NAE_EAOK_eestikeelsed_sunnimeetrikad, lk 321
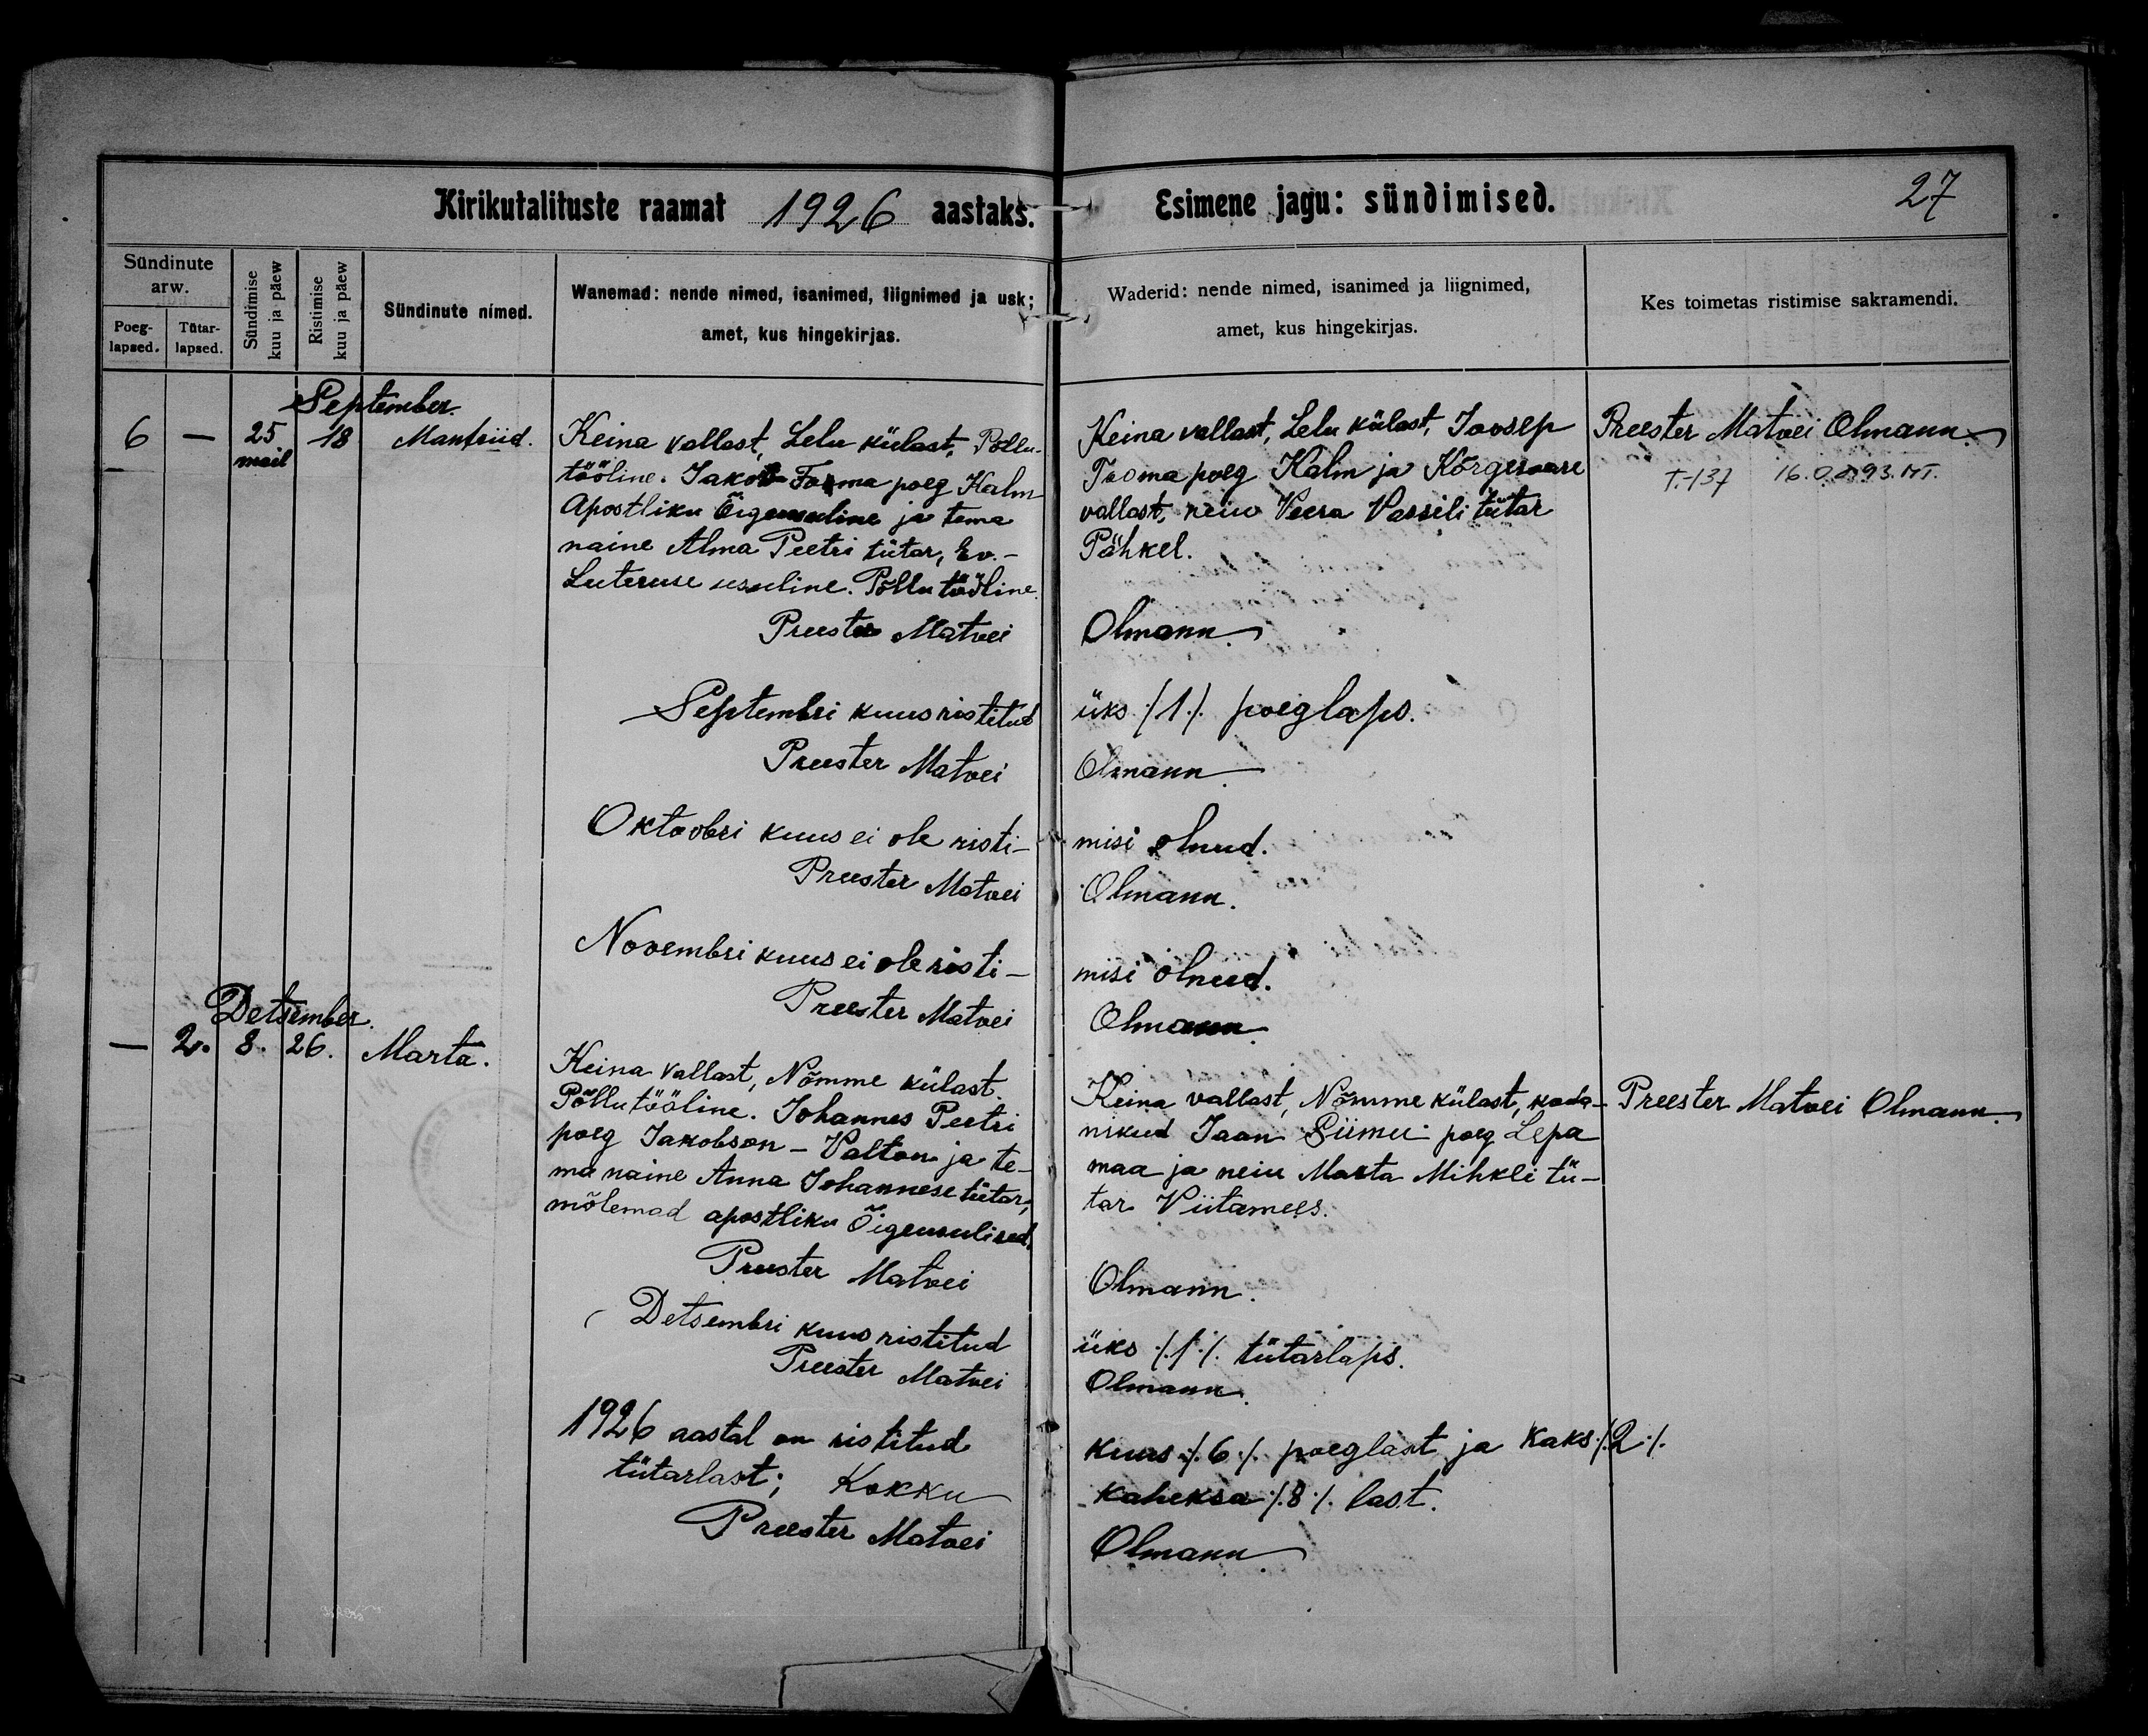
Manfriid.

Marta.

Keina vallast, Lelu külast, Põllu-
tööline. Jakob Foma poeg Kalm
Apostliku Õigeusuline ja tema
naine Alma Peetri tütar, Ev.-
Luteruse usuline. Põllutööline.

Keina vallast, Nõmme külast.
Põllutööline. Johannes Peetri
poeg Jakobson-Valton ja te-
ma naine Anna Johannese tütar,
mõlemad apostliku Õigeusulised.